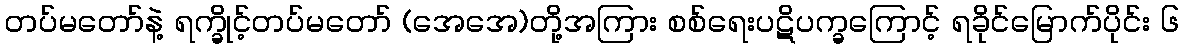
တပ်မတော်နဲ့ ရက္ခိုင့်တပ်မတော် (အေအေ)တို့အကြား စစ်ရေးပဋိပက္ခကြောင့် ရခိုင်မြောက်ပိုင်း ၆